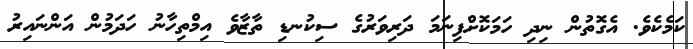
ކަމެކެވެ. އެގޮތުން ނިދި ހަމަކޮށްފިނަމަ ދަރިވަރުގެ ސިކުނޑި ތާޒާވެ އިމްތިހާނު ހަދަމުން އަންނައިރު